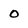
Character: 0